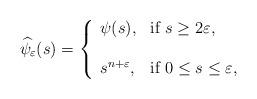
LaTeX: \begin{align*}\widehat{\psi}_{\varepsilon}(s)=\left\{\begin{array}{ll}\psi(s), &\textrm{if $s\ge2\varepsilon$},\\\\s^{n+\varepsilon},&\textrm{if $0\le s\le\varepsilon$},\end{array}\right.\end{align*}